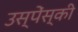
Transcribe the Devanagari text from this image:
उस्पेंस्की